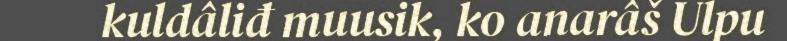
kuldâliđ muusik, ko anarâš Ulpu